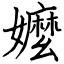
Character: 嬤